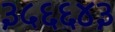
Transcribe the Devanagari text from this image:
३५६६४३